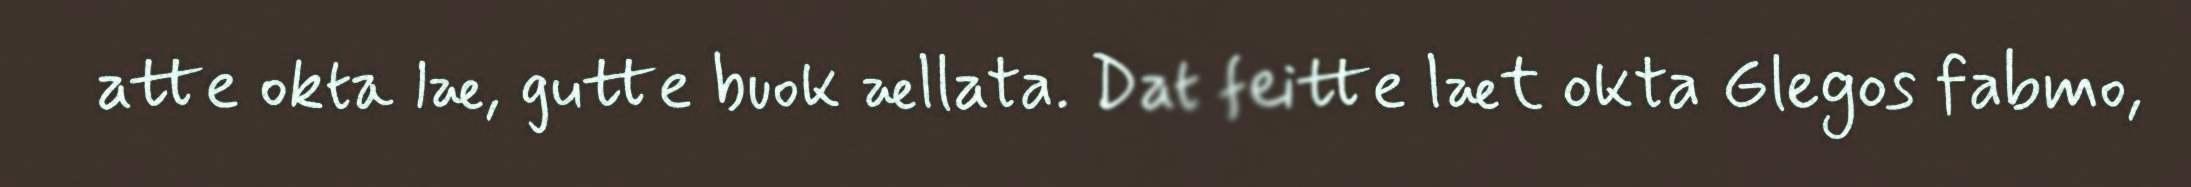
atte okta læ, gutte buok ællata. Dat feitte læt okta Glegos fabmo,